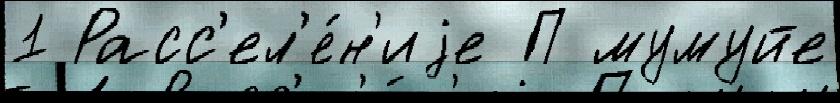
1 Расс'ел'е́н'иjе П мумуйе